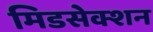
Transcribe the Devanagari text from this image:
मिडसेक्शन